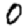
Digit: 0